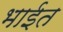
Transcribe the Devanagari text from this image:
भाईत